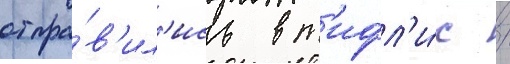
отпра́в'ил'ись в т'ифл'и́с /